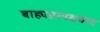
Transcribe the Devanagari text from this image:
बाह्यप्रत्यक्षवाद